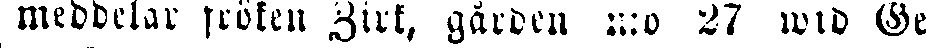
meddelar fröken Zirk, gården n:o 27 wid Ge.